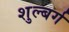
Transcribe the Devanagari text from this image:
शुल्बर्ग